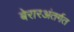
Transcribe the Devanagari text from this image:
बेरारअंतर्गत